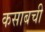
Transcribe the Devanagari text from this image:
कसाबची